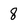
Character: 8